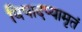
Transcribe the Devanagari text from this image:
विषादप्यामृतं